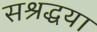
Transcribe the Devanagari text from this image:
सश्रद्धया